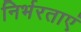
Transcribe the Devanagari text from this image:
निर्भरताएं